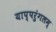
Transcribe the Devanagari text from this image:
याप्परुंगलम्